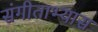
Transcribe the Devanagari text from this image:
संगीताभ्यास